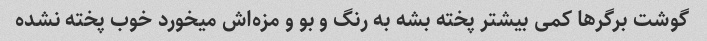
گوشت برگرها کمی بیشتر پخته بشه به رنگ و بو و مزه‌اش میخورد خوب پخته نشده